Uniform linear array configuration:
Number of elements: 64
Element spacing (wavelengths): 0.75
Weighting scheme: blackman
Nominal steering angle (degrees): -30
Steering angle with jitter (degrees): -29.595
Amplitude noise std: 0.05
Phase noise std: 0.05

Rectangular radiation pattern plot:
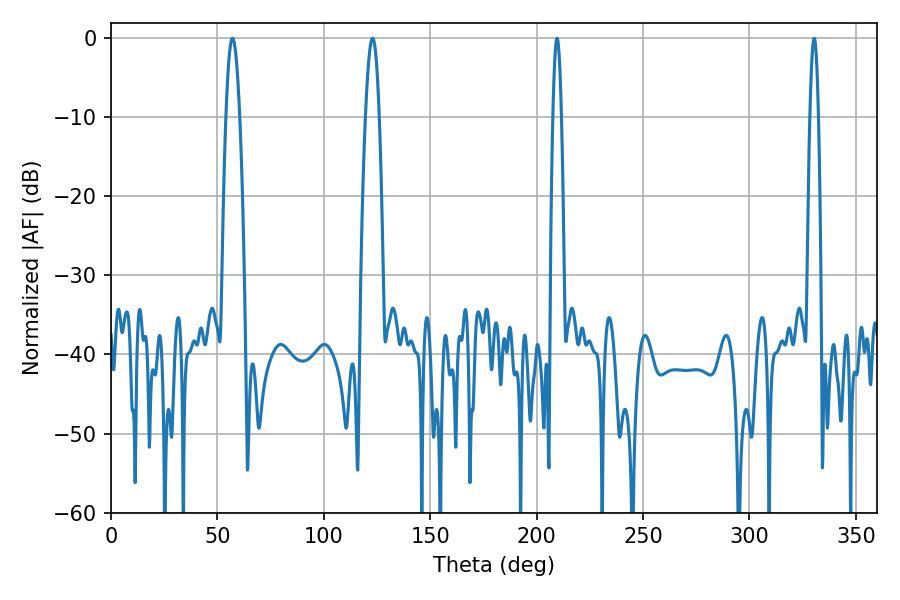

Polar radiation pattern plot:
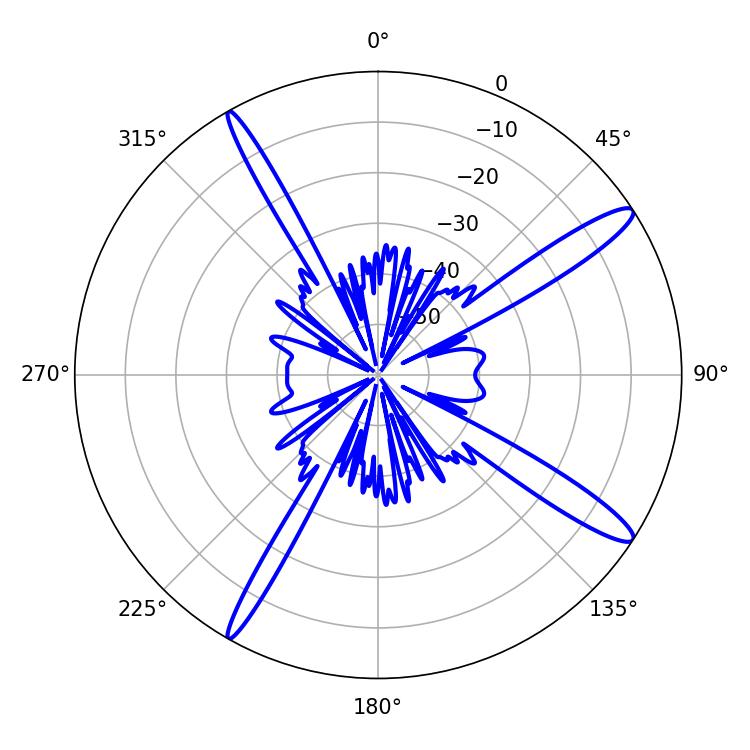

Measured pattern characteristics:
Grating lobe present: TRUE
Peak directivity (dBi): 14.449
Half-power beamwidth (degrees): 3.42
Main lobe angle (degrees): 57.06